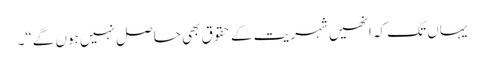
یہاں تک کہ انھیں شہریت کے حقوق بھی حاصل نہیں ہوں گے“۔